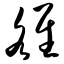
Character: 雒